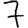
Digit: 7